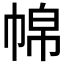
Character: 𱜪